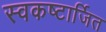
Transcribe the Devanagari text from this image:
स्वकष्टार्जित